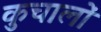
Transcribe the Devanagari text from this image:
कुचालों